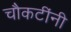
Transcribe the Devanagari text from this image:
चौकटींनी